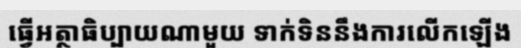
ធ្វើអត្ថាធិប្បាយណាមួយ ទាក់ទិននឹងការលើកឡើង